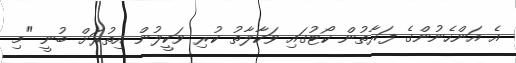
އެ އަންހެނުންގެ ފަރާތުން ކޯޓުގައި ވަކާލާތު ކުރި ވަކީލުން އިތުރަށް ބުނީ "މި